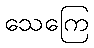
သေကြေ